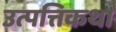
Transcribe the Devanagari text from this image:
उत्पत्तिकथा